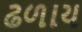
ઢળાય